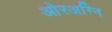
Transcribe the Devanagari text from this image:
ओरअग्नि